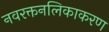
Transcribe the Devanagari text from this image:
नवरक्तनलिकाकरण